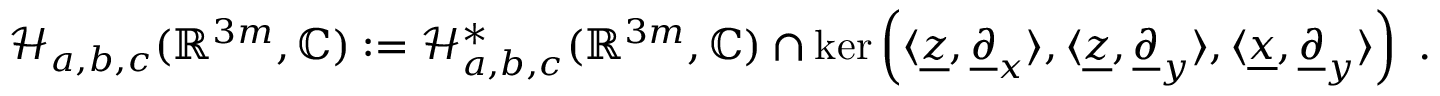
\mathcal { H } _ { a , b , c } ( \mathbb { R } ^ { 3 m } , \mathbb { C } ) : = \mathcal { H } _ { a , b , c } ^ { * } ( \mathbb { R } ^ { 3 m } , \mathbb { C } ) \cap \ker \left( \langle \underline { { z } } , \underline { { \partial } } _ { x } \rangle , \langle \underline { { z } } , \underline { { \partial } } _ { y } \rangle , \langle \underline { { x } } , \underline { { \partial } } _ { y } \rangle \right) \ .